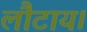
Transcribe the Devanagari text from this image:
लौटाय।